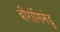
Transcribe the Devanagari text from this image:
बीरांगिमेडु